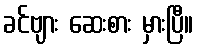
ခင်ဗျား ဆေးစား မှားပြီ။